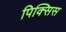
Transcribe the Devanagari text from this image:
पिक्सिस